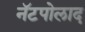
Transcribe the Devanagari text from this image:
नॅटपोलाद